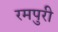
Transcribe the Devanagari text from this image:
रमपुरी